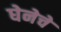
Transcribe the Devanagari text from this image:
घेनेचे